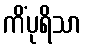
ကိံပုရိသာ